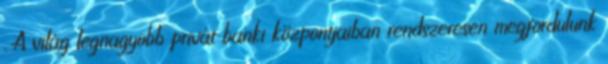
. A világ legnagyobb privát banki központjaiban rendszeresen megfordulunk